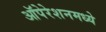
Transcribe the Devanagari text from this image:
ऑपेरेशनमध्ये